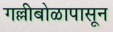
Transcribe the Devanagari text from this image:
गल्लीबोळापासून